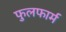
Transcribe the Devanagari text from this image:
फुलफार्म